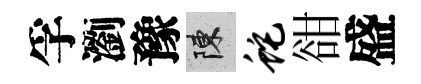
孚瀏豫陳蛇𧮳盛